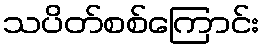
သပိတ်စစ်ကြောင်း